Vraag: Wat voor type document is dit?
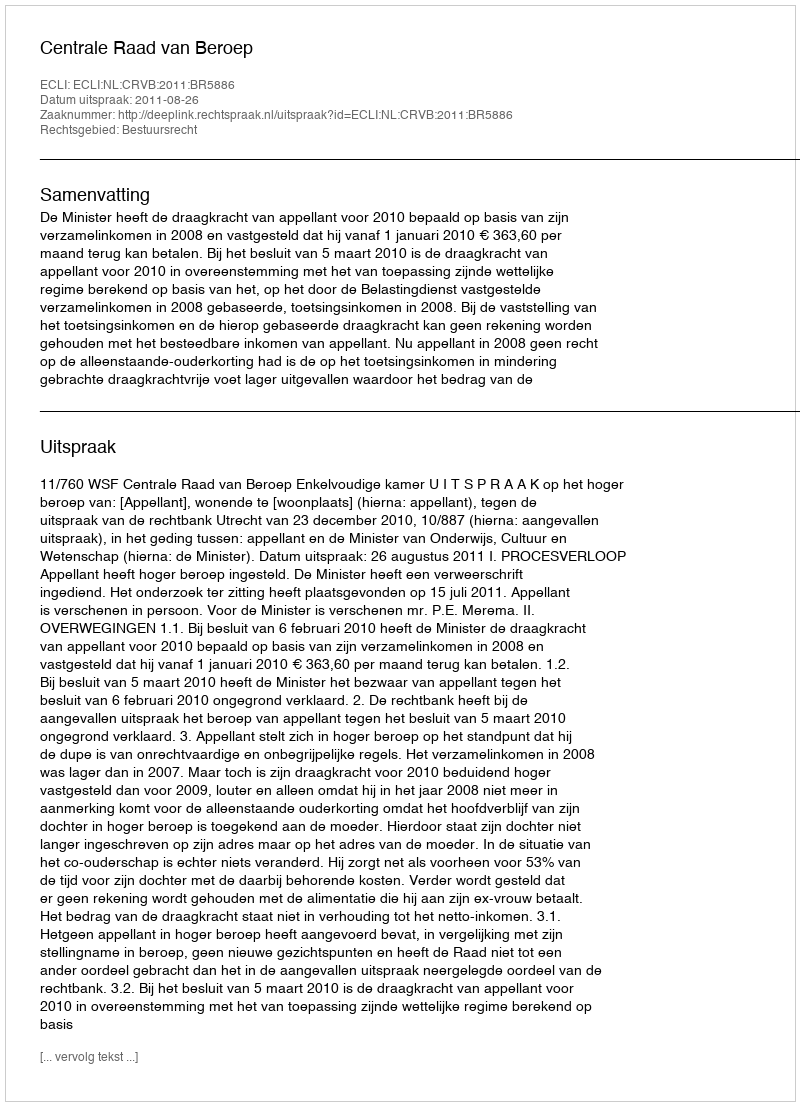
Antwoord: Uitspraak